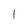
Character: 1